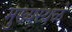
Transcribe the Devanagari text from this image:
मुख्यस्थळे